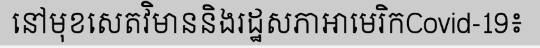
នៅមុខសេតវិមាននិងរដ្ឋសភាអាមេរិកCovid-19៖